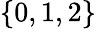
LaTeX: \{ 0,1,2\}